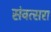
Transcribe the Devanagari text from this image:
संवत्सरा